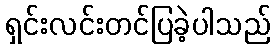
ရှင်းလင်းတင်ပြခဲ့ပါသည်